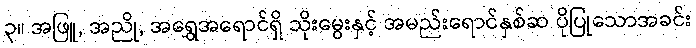
၃။ အဖြူ, အညို, အရွှေအရောင်ရှိ သိုးမွေးနှင့် အမည်းရောင်နှစ်ဆ ပိုပြုသောအခင်း